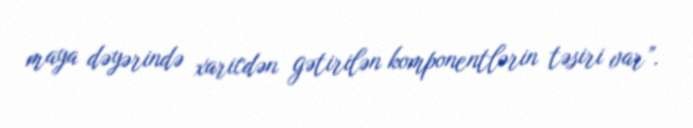
maya dəyərində xaricdən gətirilən komponentlərin təsiri var”.